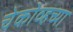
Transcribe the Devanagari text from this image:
चेकोव्हच्या